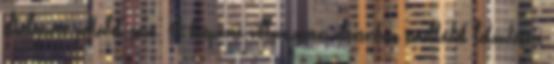
elhelyezett pedálok sora. A beépített villanymotor elsősorban emelkedők leküzdésére